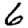
Digit: 6